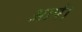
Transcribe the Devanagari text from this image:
आर्ष।